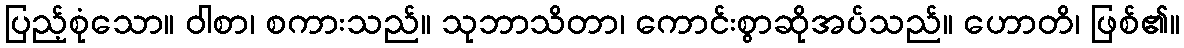
ပြည့်စုံသော။ ဝါစာ၊ စကားသည်။ သုဘာသိတာ၊ ကောင်းစွာဆိုအပ်သည်။ ဟောတိ၊ ဖြစ်၏။